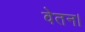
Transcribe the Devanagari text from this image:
वेतन।